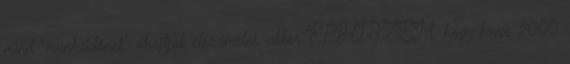
mind "munkaidőnek" óhajtják elszámolni, akkor ELHISZEM, hogy kevés 2000